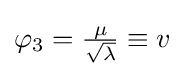
\varphi _{3}={\tfrac {\mu }{\sqrt {\lambda }}}\equiv v